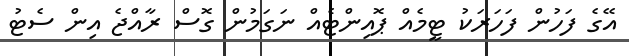
އޭގެ ފަހުން ފަހަރަކު ޓީމެއް ޕޮއިންޓެއް ނަގަމުން ގޮސް ރާއްޖެ އިން ސެޓު